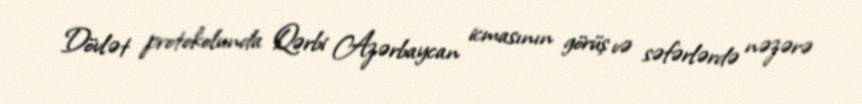
Dövlət protokolunda Qərbi Azərbaycan icmasının görüş və səfərlərdə nəzərə